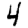
Digit: 4